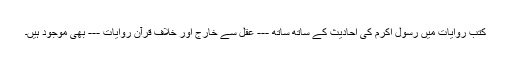
کتب روایات میں رسول اکرم کی احادیث کے ساتھ ساتھ --- عقل سے خارج اور خلاف قرآن روایات --- بھی موجود ہیں۔